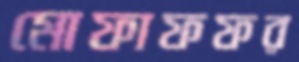
মোফাফফর